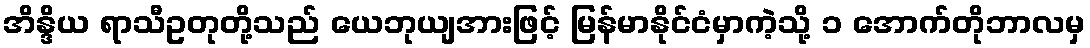
အိန္ဒိယ ရာသီဥတုတို့သည် ယေဘုယျအားဖြင့် မြန်မာနိုင်ငံမှာကဲ့သို့ ၁ အောက်တိုဘာလမှ